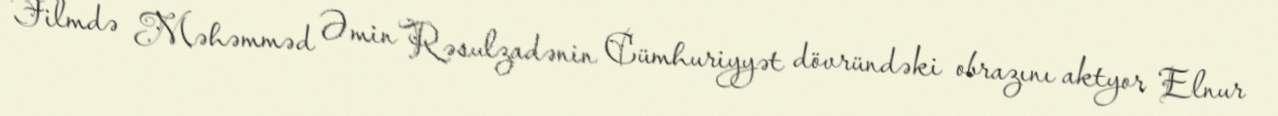
Filmdə Məhəmməd Əmin Rəsulzadənin Cümhuriyyət dövründəki obrazını aktyor Elnur